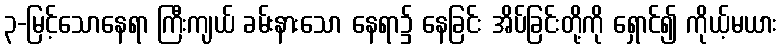
၃-မြင့်သောနေရာ ကြီးကျယ် ခမ်းနားသော နေရာ၌ နေခြင်း အိပ်ခြင်းတို့ကို ရှောင်၍ ကိုယ့်မယား